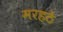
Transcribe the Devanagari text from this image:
मरहठे